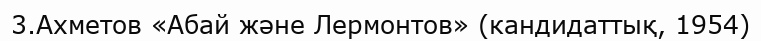
3.Ахметов «Абай және Лермонтов» (кандидаттық, 1954)